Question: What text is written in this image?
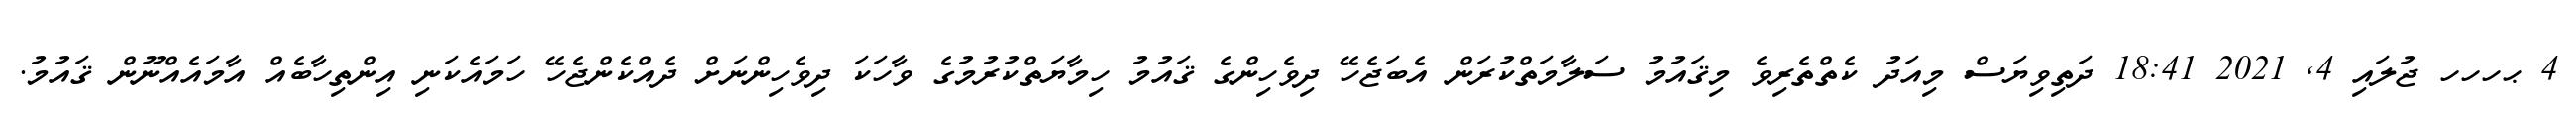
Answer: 4 ޙހހހ ޖުލައި 4, 2021 18:41 ދަތިވިޔަސް މިއަދު ކެތްތެރިވެ މިޤައުމު ސަލާމަތްކުރަން އެބަޖެހޭ ދިވެހިންގެ ޤައުމު ހިމާޔަތްކުރުމުގެ ވާހަކަ ދިވެހިންނަށް ދެއްކެންޖެހޭ ހަމައެކަނި އިންތިހާބެއް އާމައެއްނޫން ޤައުމު.